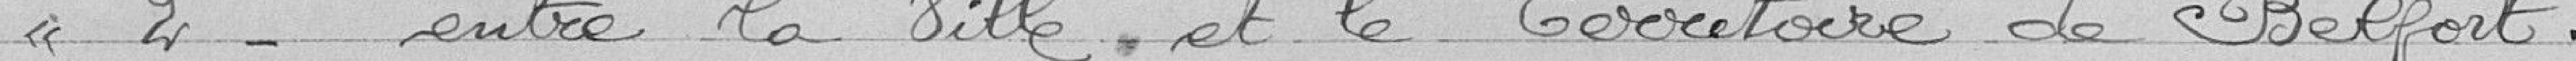
« 2° -  entre la Ville et le Territoire de Belfort.